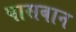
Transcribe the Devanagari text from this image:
पासबान